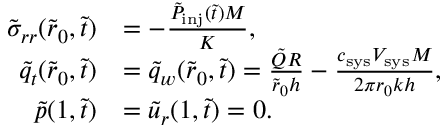
\begin{array} { r l } { \tilde { \sigma } _ { r r } ( \tilde { r } _ { 0 } , \tilde { t } ) } & { = - \frac { \tilde { P } _ { \mathrm { i n j } } ( \tilde { t } ) M } { K } , } \\ { \tilde { q } _ { t } ( \tilde { r } _ { 0 } , \tilde { t } ) } & { = \tilde { q } _ { w } ( \tilde { r } _ { 0 } , \tilde { t } ) = \frac { \tilde { Q } R } { \tilde { r } _ { 0 } h } - \frac { c _ { \mathrm { s y s } } V _ { \mathrm { s y s } } M } { 2 \pi r _ { 0 } k h } , } \\ { \tilde { p } ( 1 , \tilde { t } ) } & { = \tilde { u } _ { r } ( 1 , \tilde { t } ) = 0 . } \end{array}